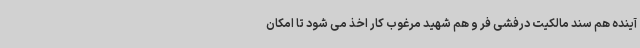
آینده هم سند مالکیت درفشی فر و هم شهید مرغوب کار اخذ می شود تا امکان